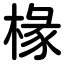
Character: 椽